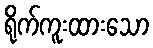
ရိုက်ကူးထားသော